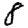
Digit: 8